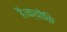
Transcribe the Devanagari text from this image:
है।क्योंकि